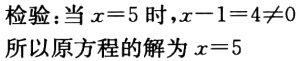
检验：当 \(x = 5\) 时，\(x - 1 = 4\neq0\)

所以原方程的解为 \(x = 5\)